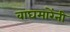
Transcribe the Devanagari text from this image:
वाघमारेंनी